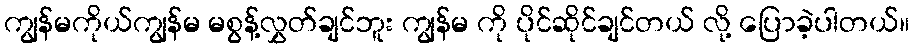
ကျွန်မကိုယ်ကျွန်မ မစွန့်လွှတ်ချင်ဘူး ကျွန်မ ကို ပိုင်ဆိုင်ချင်တယ် လို့ ပြောခဲ့ပါတယ်။